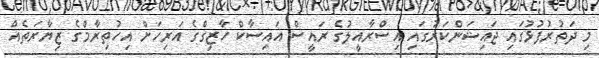
މި ދަތުރުފުޅުގައި ޖައިޝަންކަރުގައި އިސްރާއީލުގެ ރައީސް އައިސާކް ހާޒިގްގެ އަރިހަށް އިހުތިރާމްގެ ޒިޔާރަތެއް